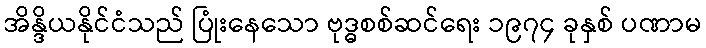
အိန္ဒိယနိုင်ငံသည် ပြုံးနေသော ဗုဒ္ဓစစ်ဆင်ရေး ၁၉၇၄ ခုနှစ် ပဏာမ